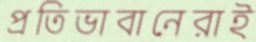
প্রতিভাবানেরাই